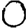
Digit: 0